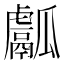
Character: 𤬝